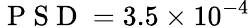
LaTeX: \mathrm{~P~S~D~}=3.5\times 10^{-4}